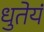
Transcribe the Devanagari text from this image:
धुतेयं